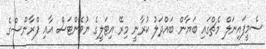
ސެމީފައިނަލް މެޗްގައި ބަޔާން ބައްދަލު ކުރާނީ މިރޭ އިޓަލީގެ ޔުވެންޓަސް އާއި ފްރާންސްގެ